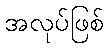
အလုပ်ဖြစ်